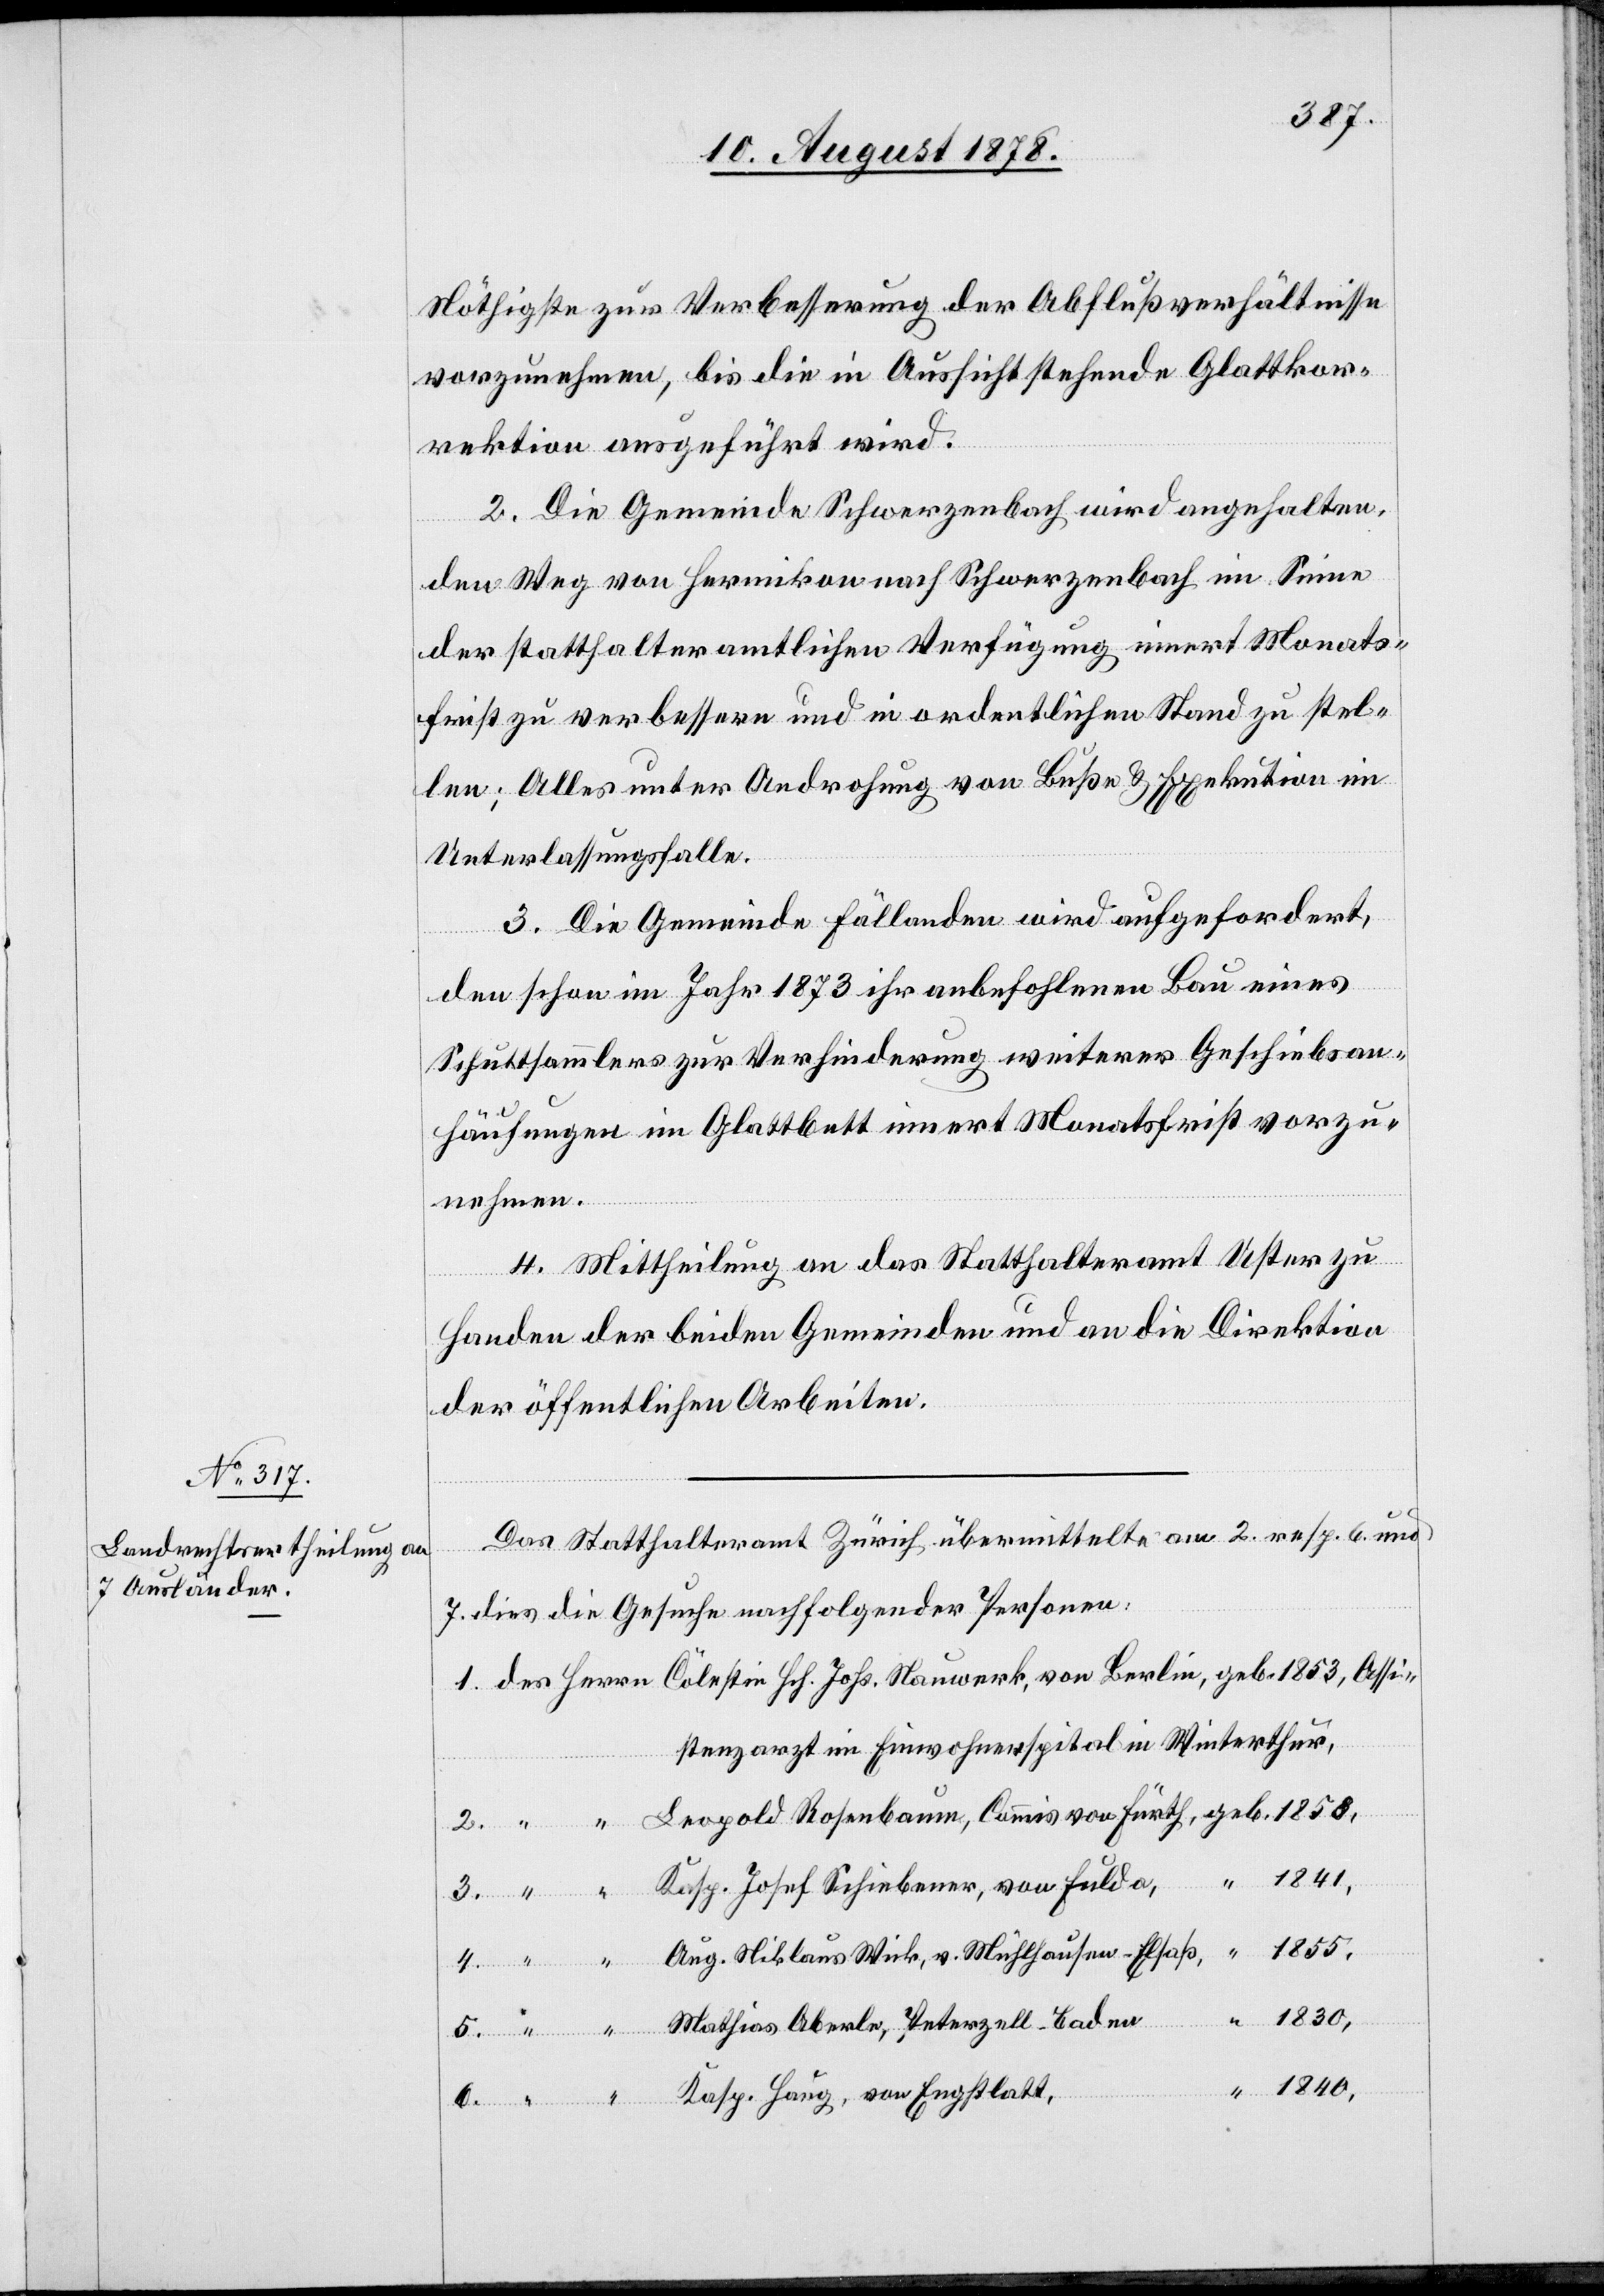
Nöthigste zur Verbesserung der Abflußverhältnisse
vorzunehmen, bis die in Aussicht stehende Glattkor¬
rektion ausgeführt wird.
2. Die Gemeinde Schwerzenbach wird angehalten,
den Weg von Hermikon nach Schwerzenbach im Sinne
der statthalteramtlichen Verfügung innert Monats¬
frist zu verbessern und in ordentlichen Stand zu stel¬
len; Alles unter Androhung von Buße & Exekution im
Unterlassungsfalle.
3. Die Gemeinde Fällanden wird aufgefordert,
den schon im Jahr 1873 ihr anbefohlenen Bau eines
Schuttsammlers zur Verhinderung weiterer Geschiebsan¬
häufungen im Glattbett innert Monatsfrist vorzu¬
nehmen.
4. Mittheilung an das Statthalteramt Uster zu
Handen der beiden Gemeinden und an die Direktion
der öffentlichen Arbeiten.
Das Statthalteramt Zürich übermittelte am 2. resp. 6. und
7. dies die Gesuche nachfolgender Personen:
stenzarzt im Einwohnerspital in Winterthur,
6.
Kasp. Josef Schiebener, von Fulda,
“
1830,
Baden
Kasp. Haug, von Engstlatt,